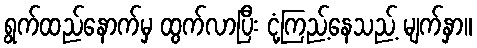
ရွက်ထည်နောက်မှ ထွက်လာပြီး ငုံ့ကြည့်နေသည့် မျက်နှာ။